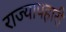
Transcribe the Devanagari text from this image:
राज्यापहारी